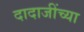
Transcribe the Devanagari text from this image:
दादाजींच्या